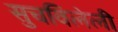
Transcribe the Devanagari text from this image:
सुचविलेली